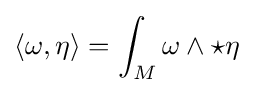
\langle \omega ,\eta \rangle =\int _{M}\omega \wedge \star \eta